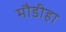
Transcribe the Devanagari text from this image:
मौडीहा